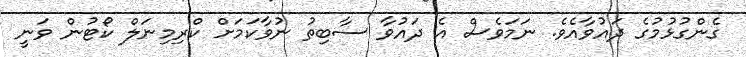
ގެންގުޅުމުގެ ދައުވާއެވެ. ނަމަވެސް އެ ދައުވާ ސާބިތު ނުވާކަމަށް ކްރިމިނަލް ކޯޓުން ވަނީ